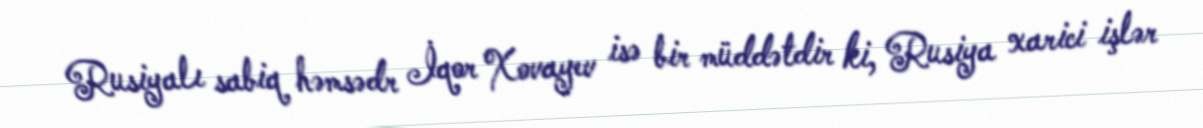
Rusiyalı sabiq həmsədr İqor Xovayev isə bir müddətdir ki, Rusiya xarici işlər